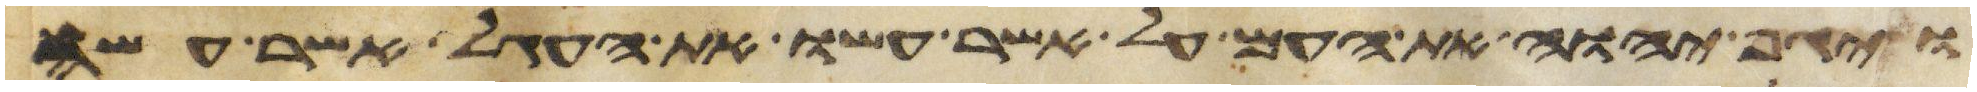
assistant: ויגף יהוה את העם על אשר עשו את העגל אשר עשה